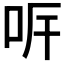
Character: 𠰑